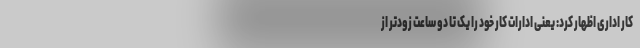
کار اداری اظهار کرد: یعنی ادارات کار خود را یک تا دو ساعت زودتر از